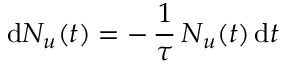
\mathrm { d } { N } _ { u } ( t ) = - \, \frac { 1 } { \tau } \, N _ { u } ( t ) \, \mathrm { d } t